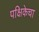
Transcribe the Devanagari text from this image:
पक्षिकेचा